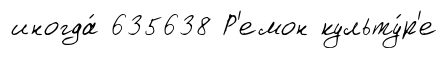
иногда́ 635638 Р'емон культу́р'е